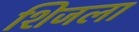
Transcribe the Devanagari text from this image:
शिजला